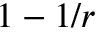
1 - 1 / r